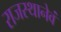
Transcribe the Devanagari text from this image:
राजस्थानेवं